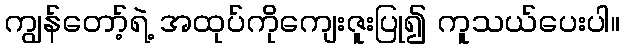
ကျွန်တော့်ရဲ့ အထုပ်ကိုကျေးဇူးပြု၍ ကူသယ်ပေးပါ။